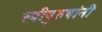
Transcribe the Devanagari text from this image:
स्त्रीपुरुषांनी